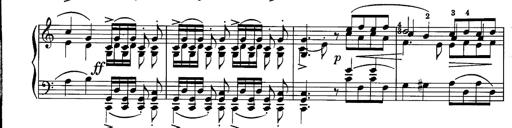
Title: La romanesca
Composer: Franz Liszt